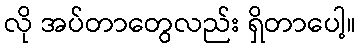
လို အပ်တာတွေလည်း ရှိတာပေါ့။